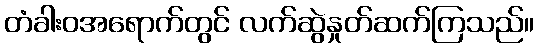
တံခါးဝအရောက်တွင် လက်ဆွဲနှုတ်ဆက်ကြသည်။